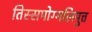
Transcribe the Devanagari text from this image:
तिस्समोग्गलिपुत्त